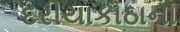
દરીયાકાઠાના